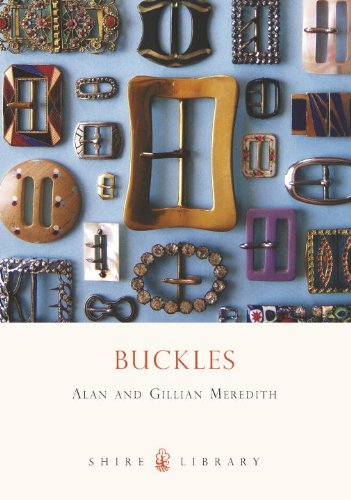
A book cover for Buckles (Shire Library); Gillian Meredith; Crafts, Hobbies & Home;